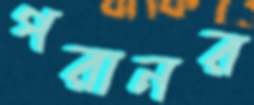
পরানর